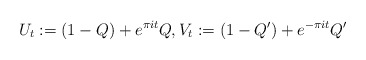
\begin{align*} U_t: = (1-Q) + e^{\pi it} Q ,V_t:= (1-Q')+ e^{- \pi it} Q'\end{align*}